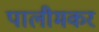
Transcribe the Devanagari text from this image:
पालीमकर